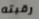
رقبته